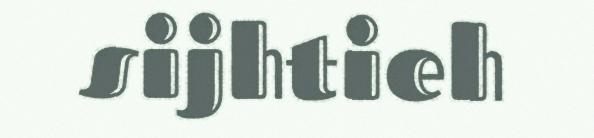
sijhtieh